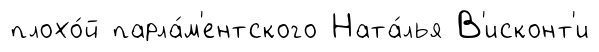
плохо́й парла́м'ентского Ната́лья В'исконт'и